Indian Civil Veterinary Department memoirs
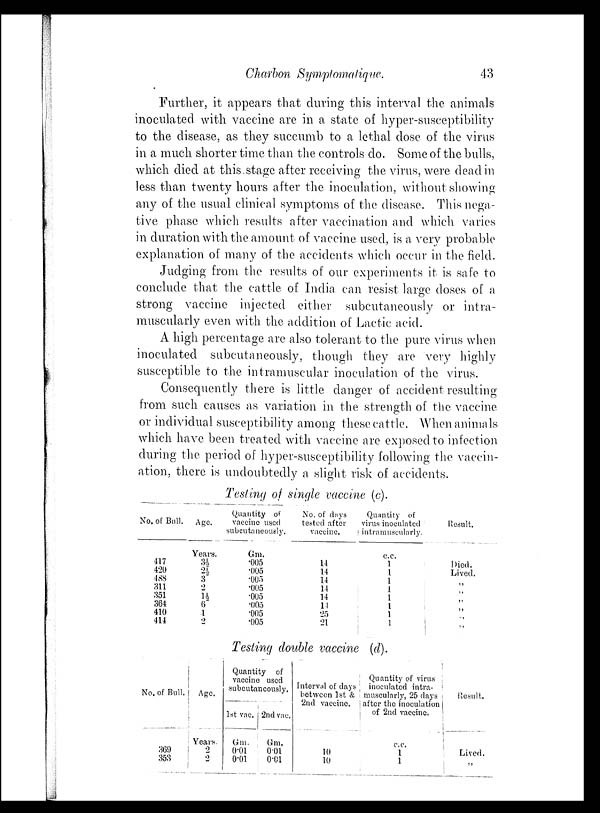
Charbon Symptomatique.
43
Further, it appears that during this interval the animals
inoculated with vaccine are in a state of hyper-susceptibility
to the disease, as they succumb to a lethal dose of the virus
in a much shorter time than the controls do. Some of the bulls,
which died at this stage after receiving the virus, were dead in
less than twenty hours after the inoculation, without showing
any of the usual clinical symptoms of the disease. This nega-
tive phase which results after vaccination and which varies
in duration with the amount of vaccine used, is a very probable
explanation of many of the accidents which occur in the field.
Judging from the results of our experiments it is safe to
conclude that the cattle of India can resist large doses of a
strong vaccine injected either subcutaneously or intra-
muscularly even with the addition of Lactic acid.
A high percentage are also tolerant to the pure virus when
inoculated subcutaneously, though they are very highly
susceptible to the intramuscular inoculation of the virus.
Consequently there is little danger of accident resulting
from such causes as variation in the strength of the vaccine
or individual susceptibility among these cattle. When animals
which have been treated with vaccine are exposed to infection
during the period of hyper-susceptibility following the vaccin-
ation, there is undoubtedly a slight risk of accidents.
Testing of single vaccine (c).
No. of Bull.
417
420
488
311
351
364
410
414
Age.
Years.
3½
2½
3
2
1½
6
4
2
Quantity of
vaccine used
subcutaneously.
Gm.
.005
.005
.005
.005
.005
.005
.005
.005
No. of days
tested after
vaccine.
14
14
14
14
14
14
25
21
Quantity of
virus inoculated
intramuscularly.
c.c.
1
1
1
1
1
1
1
1
Result.
Died.
Lived.
„
„
„
„
„
„
Testing double vaccine (d).
No. of Bull.
369
353
Age.
Years.
2
2
Quantity of
vaccine used
subcutaneously.
1st vac.
Gm.
0.01
0.01
2nd vac.
Gm.
0.01
0.01
Interval of days
between 1st &
2nd vaccine.
10
10
Quantity of virus
inoculated intra-
muscularly, 25 days
after the inoculation
of 2nd vaccine.
c.c.
1
1
Result.
Lived.
„